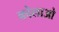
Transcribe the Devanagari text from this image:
कोलाओ